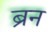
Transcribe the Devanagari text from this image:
ब्रन